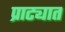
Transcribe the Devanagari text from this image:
प्राट्यात